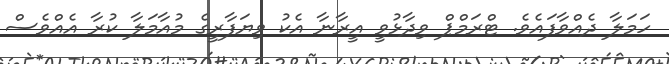
ހަމަލާ ދެއްވާފައެވެ. ޓްރަމްޕް ވިދާޅުވީ އީރާނާ އެކު ވިޔަފާރީގެ މުއާމަލާ ކުރާ އެއްވެސް